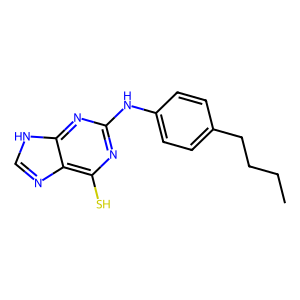
SMILES: CCCCc1ccc(Nc2nc(S)c3nc[nH]c3n2)cc1
Inhibits HIV replication: No